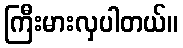
ကြီးမားလှပါတယ်။